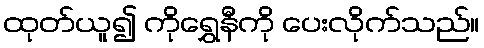
ထုတ်ယူ၍ ကိုရွှေနီကို ပေးလိုက်သည်။